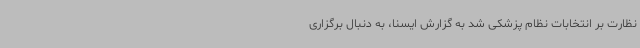
نظارت بر انتخابات نظام پزشکی شد به گزارش ایسنا، به دنبال برگزاری